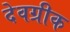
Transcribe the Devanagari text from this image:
देवग्रीक